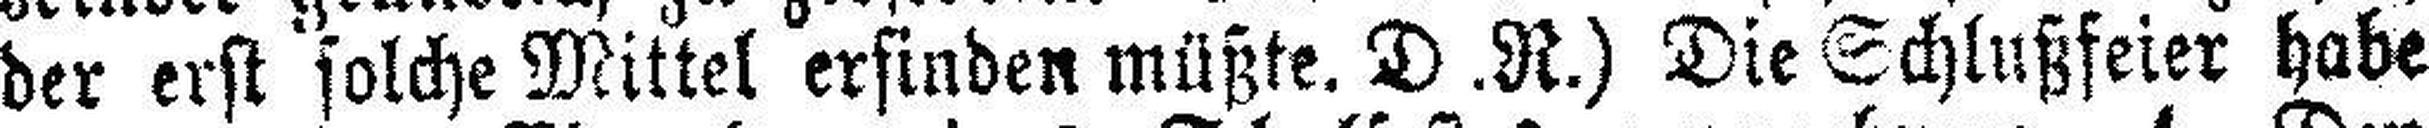
der erst solche Mittel erfinden müßte. D .R.) Die Schlußfeier habe